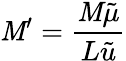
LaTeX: \mathit{M}^{\prime}=\frac{{\mathcal{{\mathit{M}}}\tilde{{\mu}}}}{{L\tilde{{u}}}}